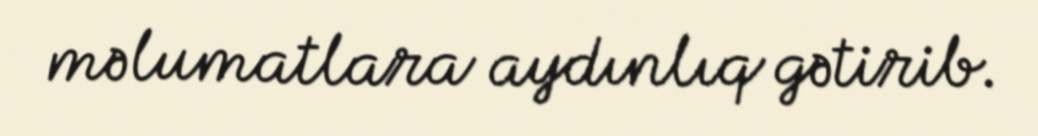
məlumatlara aydınlıq gətirib.